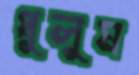
ধুলুম